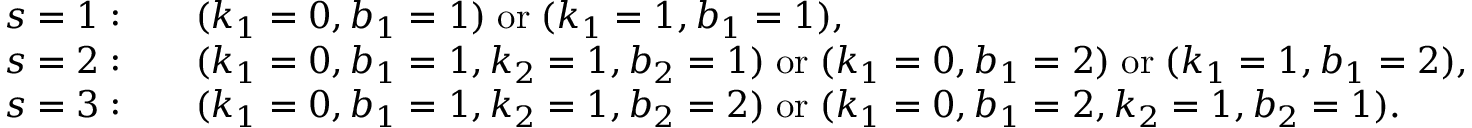
\begin{array} { r l } { s = 1 : } & { \quad ( k _ { 1 } = 0 , b _ { 1 } = 1 ) \; \mathrm { o r } \; ( k _ { 1 } = 1 , b _ { 1 } = 1 ) , } \\ { s = 2 : } & { \quad ( k _ { 1 } = 0 , b _ { 1 } = 1 , k _ { 2 } = 1 , b _ { 2 } = 1 ) \; \mathrm { o r } \; ( k _ { 1 } = 0 , b _ { 1 } = 2 ) \; \mathrm { o r } \; ( k _ { 1 } = 1 , b _ { 1 } = 2 ) , } \\ { s = 3 : } & { \quad ( k _ { 1 } = 0 , b _ { 1 } = 1 , k _ { 2 } = 1 , b _ { 2 } = 2 ) \; \mathrm { o r } \; ( k _ { 1 } = 0 , b _ { 1 } = 2 , k _ { 2 } = 1 , b _ { 2 } = 1 ) . } \end{array}